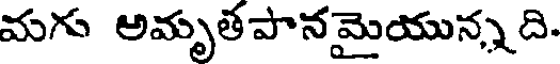
మగు అమృతపానమైయున్నది.